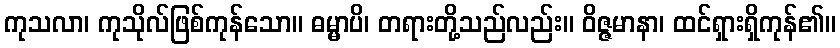
ကုသလာ၊ ကုသိုလ်ဖြစ်ကုန်သော။ ဓမ္မာပိ၊ တရားတို့သည်လည်း။ ဝိဇ္ဇမာနာ၊ ထင်ရှားရှိကုန်၏။